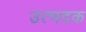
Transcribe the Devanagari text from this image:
उत्पदक